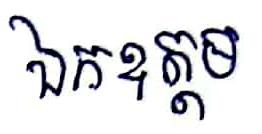
ឯកឧត្ដម